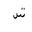
Letter: _shin